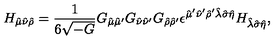
H _ { \hat { \mu } \hat { \nu } \hat { \rho } } = { \frac { 1 } { 6 \sqrt { - G } } } G _ { \hat { \mu } \hat { \mu } ^ { \prime } } G _ { \hat { \nu } \hat { \nu } ^ { \prime } } G _ { \hat { \rho } \hat { \rho } ^ { \prime } } \epsilon ^ { \hat { \mu } ^ { \prime } \hat { \nu } ^ { \prime } \hat { \rho } ^ { \prime } \hat { \lambda } \hat { \sigma } \hat { \eta } } H _ { \hat { \lambda } \hat { \sigma } \hat { \eta } } ,